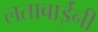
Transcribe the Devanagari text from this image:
लताबाईंनी